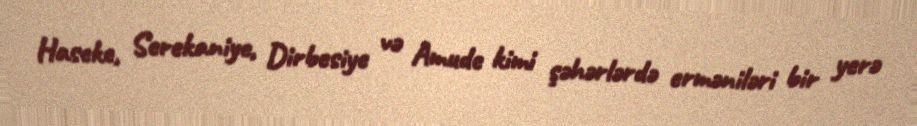
Haseke, Serekaniye, Dirbesiye və Amude kimi şəhərlərdə erməniləri bir yerə